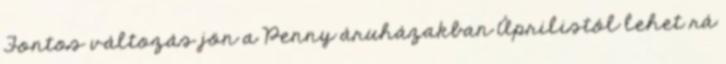
Fontos változás jön a Penny áruházakban Áprilistól lehet rá